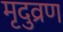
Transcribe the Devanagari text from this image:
मृदुव्रण